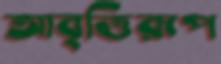
আবৃত্তিরূপ